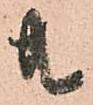
共